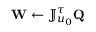
\mathbf { W } \gets \mathbb { J } _ { u _ { 0 } } ^ { \tau } \mathbf { Q }